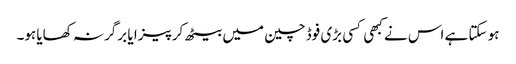
ہو سکتا ہے اس نے کبھی کسی بڑی فوڈ چین میں بیٹھ کر پیزا یا برگر نہ کھایا ہو۔